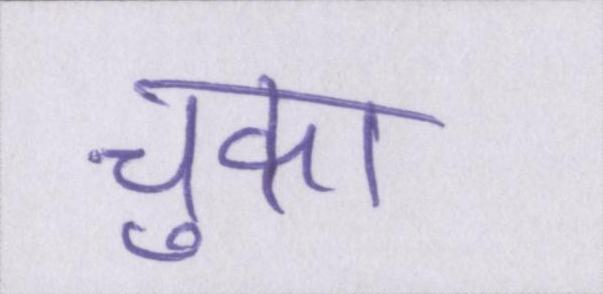
चुका